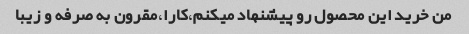
من خرید این محصول رو پیشنهاد میکنم،کارا،مقرون به صرفه و زیبا